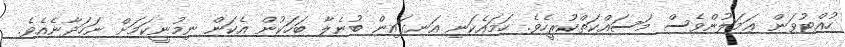
ހުއްޓުވަން ޢަމަލުންވެސް މަސައްކަތްކުރީހެވެ. ހަމައެކަނި އަނގައިން ބުނެލާ ބަހަކުން އެކަން ނިމުނީކަމަށް ނަހަދާނެއެވެ.